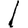
Digit: 1